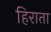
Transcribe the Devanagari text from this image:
हिराता